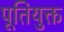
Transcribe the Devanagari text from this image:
पूतियुक्त